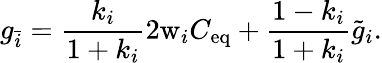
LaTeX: g_{\bar{i}}=\frac{k_{i}}{1+k_{i}}2\mathrm{w}_{i}C_{\mathrm{eq}}+\frac{1-k_{i}}{1+k_{i}}\tilde{g}_{i}.